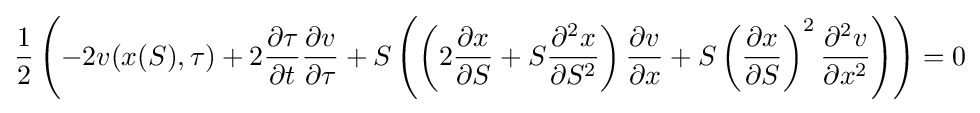
{\frac {1}{2}}\left(-2v(x(S),\tau )+2{\frac {\partial \tau }{\partial t}}{\frac {\partial v}{\partial \tau }}+S\left(\left(2{\frac {\partial x}{\partial S}}+S{\frac {\partial ^{2}x}{\partial S^{2}}}\right){\frac {\partial v}{\partial x}}+S\left({\frac {\partial x}{\partial S}}\right)^{2}{\frac {\partial ^{2}v}{\partial x^{2}}}\right)\right)=0